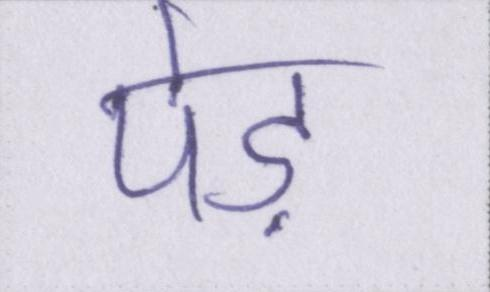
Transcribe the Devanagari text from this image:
पेड़